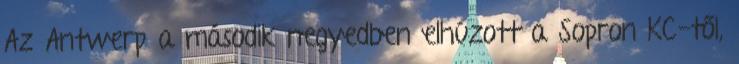
Az Antwerp a második negyedben elhúzott a Sopron KC-től,